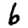
Digit: 6